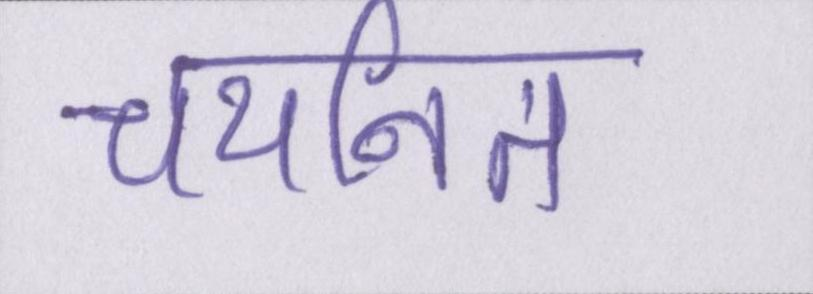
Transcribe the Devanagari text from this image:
चयनित